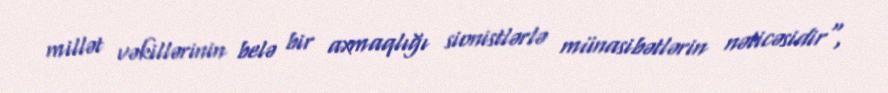
millət vəkillərinin belə bir axmaqlığı sionistlərlə münasibətlərin nəticəsidir",